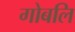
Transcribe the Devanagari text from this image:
गोबलि